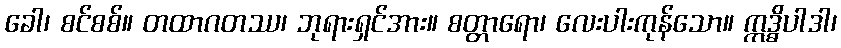
ခေါ၊ စင်စစ်။ တထာဂတဿ၊ ဘုရားရှင်အား။ စတ္တာရော၊ လေးပါးကုန်သော။ ဣဒ္ဓိပါဒါ၊